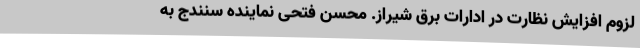
لزوم افزایش نظارت در ادارات برق شیراز. محسن فتحی نماینده سنندج به